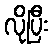
လိုပြီး